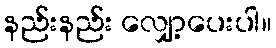
နည်းနည်း လျှော့ပေးပါ။